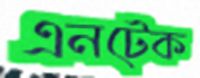
এনটেক